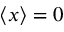
\langle x \rangle = 0